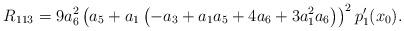
LaTeX: \begin{align*}R_{113}=9 a_6^2 \left(a_5 + a_1 \left(-a_3 + a_1 a_5 + 4 a_6 + 3 a_1^2 a_6\right)\right)^2 p_1'(x_0). \end{align*}